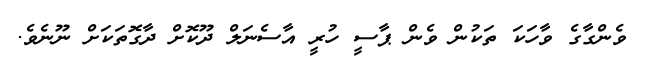
ވެންގާގެ ވާހަކަ ތަކުން ވެން ޕާސީ ހުރީ އާސެނަލް ދޫކޮށް ދާގޮތަކަށް ނޫނެވެ.